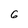
Character: 6